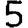
Digit: 5